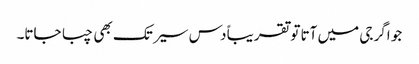
جو اگر جی میں آتا تو تقریباً دس سیر تک بھی چبا جاتا۔